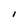
Character: I